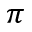
\pi